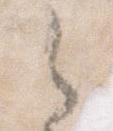
之